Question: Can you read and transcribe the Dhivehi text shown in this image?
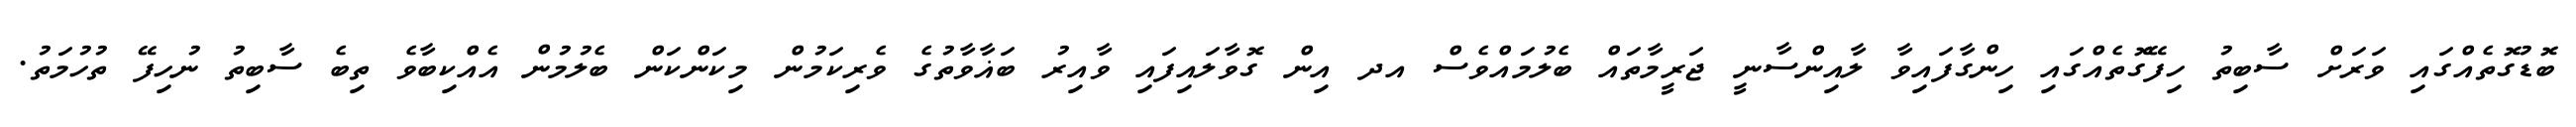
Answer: ބޮޑުގޮތެއްގައި ވަރަށް ސާބިތު ހިފޭގޮތެއްގައި ހިންގާފައިވާ ލާއިންސާނީ ޖަރީމާތައް ބެލުމައްވެސް އދ އިން ގޮވާލައިފައި ވާއިރު ބަޣާވާތުގެ ވެރިކަމުން މިކަންކަން ބެލުމުން އެއްކިބާވެ ތިބެ ސާބިތު ނުހިފޭ ތުހުމަތު.